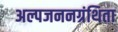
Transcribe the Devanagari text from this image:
अल्पजननग्रंथिता